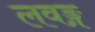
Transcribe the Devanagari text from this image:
लवङ्ग